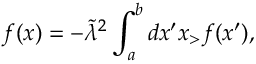
f ( x ) = - \widetilde \lambda ^ { 2 } \int _ { a } ^ { b } d x ^ { \prime } x _ { > } f ( x ^ { \prime } ) ,